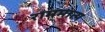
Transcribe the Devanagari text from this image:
राममात्य